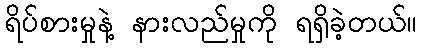
ရိပ်စားမှုနဲ့ နားလည်မှုကို ရရှိခဲ့တယ်။